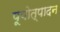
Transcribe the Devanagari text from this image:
पूयोत्पादन